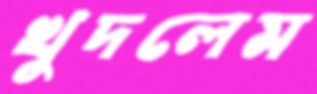
খুদলেম